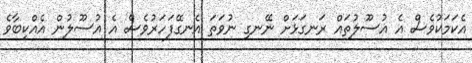
އެކަމަކުވެސް އެ އުސޫލުތައް ރަނގަޅަށް ނޭނގި ނުވަތަ އެނގޭފަހަރުވެސް އެ އުސޫލުން އެއްކިބާވެ